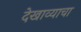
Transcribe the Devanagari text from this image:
देखाव्याचा